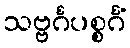
သဗ္ဗင်္ဂပစ္စင်္ဂံ